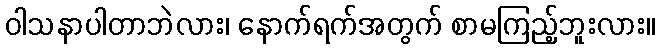
ဝါသနာပါတာဘဲလား၊ နောက်ရက်အတွက် စာမကြည့်ဘူးလား။